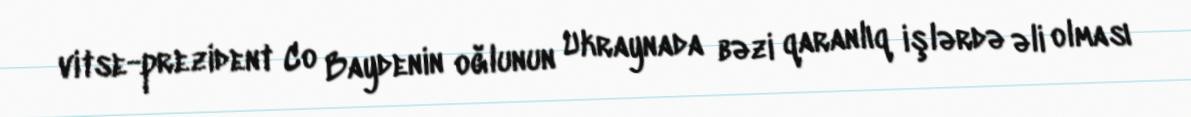
vitse-prezident Co Baydenin oğlunun Ukraynada bəzi qaranlıq işlərdə əli olması